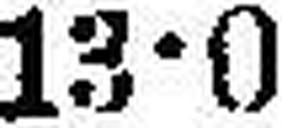
13•0